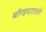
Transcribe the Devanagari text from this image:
बॉण्डपटातले